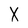
Character: X